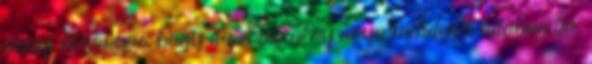
annyi bizonyos, hogy az a szegény anya mindenét odahordja.